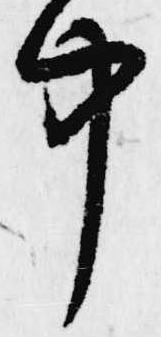
中